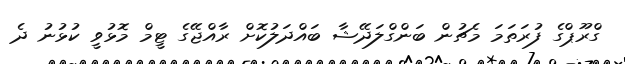
ގްރޫޕްގެ ފުރަތަމަ މެޗުން ބަންގްލަދޭޝާ ބައްދަލުކޮށް ރާއްޖޭގެ ޓީމް މޮޅުވީ ކުޅުނު ދެ